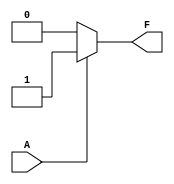
module single_variable_kmap (
    input wire A,       // 1-bit input
    output wire F       // Output based on K-map
);

// Define the output values for F(0) and F(1)
parameter F_0 = 1'b0; // Output when A = 0
parameter F_1 = 1'b1; // Output when A = 1

// Combinational logic to determine output F based on input A
assign F = (A == 1'b0) ? F_0 : F_1;

endmodule